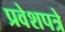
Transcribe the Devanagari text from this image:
प्रवेशपत्रे